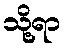
သို့ရာ